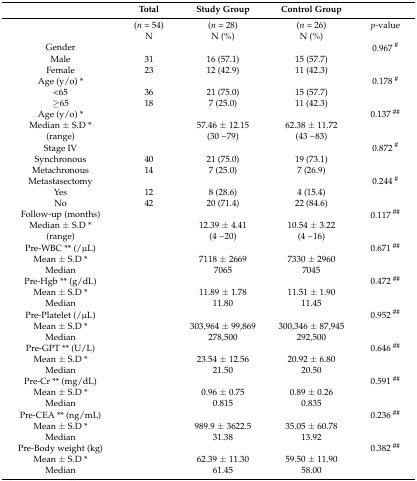
<table><thead><tr><td></td><td><b>Total</b></td><td><b>Study Group</b></td><td><b>Control Group</b></td><td></td></tr></thead><tbody><tr><td></td><td>(<i>n</i> = 54)</td><td>(<i>n</i> = 28)</td><td>(<i>n</i> = 26)</td><td><i>p</i>-value</td></tr><tr><td></td><td>N</td><td>N (%)</td><td>N (%)</td><td></td></tr><tr><td>Gender</td><td></td><td></td><td></td><td>0.967 <sup>#</sup></td></tr><tr><td>Male</td><td>31</td><td>16 (57.1)</td><td>15 (57.7)</td><td></td></tr><tr><td>Female</td><td>23</td><td>12 (42.9)</td><td>11 (42.3)</td><td></td></tr><tr><td>Age (y/o) *</td><td></td><td></td><td></td><td>0.178 <sup>#</sup></td></tr><tr><td>&lt;65</td><td>36</td><td>21 (75.0)</td><td>15 (57.7)</td><td></td></tr><tr><td>≥65</td><td>18</td><td>7 (25.0)</td><td>11 (42.3)</td><td></td></tr><tr><td>Age (y/o) *</td><td></td><td></td><td></td><td>0.137 <sup>##</sup></td></tr><tr><td>Median ± S.D *</td><td></td><td>57.46 ± 12.15</td><td>62.38 ± 11.72</td><td></td></tr><tr><td>(range)</td><td></td><td>(30 ~ 79)</td><td>(43 ~ 83)</td><td></td></tr><tr><td>Stage IV</td><td></td><td></td><td></td><td>0.872 <sup>#</sup></td></tr><tr><td>Synchronous</td><td>40</td><td>21 (75.0)</td><td>19 (73.1)</td><td></td></tr><tr><td>Metachronous</td><td>14</td><td>7 (25.0)</td><td>7 (26.9)</td><td></td></tr><tr><td>Metastasectomy</td><td></td><td></td><td></td><td>0.244 <sup>#</sup></td></tr><tr><td>Yes</td><td>12</td><td>8 (28.6)</td><td>4 (15.4)</td><td></td></tr><tr><td>No</td><td>42</td><td>20 (71.4)</td><td>22 (84.6)</td><td></td></tr><tr><td>Follow-up (months)</td><td></td><td></td><td></td><td>0.117 <sup>##</sup></td></tr><tr><td>Median ± S.D *</td><td></td><td>12.39 ± 4.41</td><td>10.54 ± 3.22</td><td></td></tr><tr><td>(range)</td><td></td><td>(4 ~ 20)</td><td>(4 ~ 16)</td><td></td></tr><tr><td>Pre-WBC ** (/μL)</td><td></td><td></td><td></td><td>0.671 <sup>##</sup></td></tr><tr><td>Mean ± S.D *</td><td></td><td>7118 ± 2669</td><td>7330 ± 2960</td><td></td></tr><tr><td>Median</td><td></td><td>7065</td><td>7045</td><td></td></tr><tr><td>Pre-Hgb ** (g/dL)</td><td></td><td></td><td></td><td>0.472 <sup>##</sup></td></tr><tr><td>Mean ± S.D *</td><td></td><td>11.89 ± 1.78</td><td>11.51 ± 1.90</td><td></td></tr><tr><td>Median</td><td></td><td>11.80</td><td>11.45</td><td></td></tr><tr><td>Pre-Platelet (/μL)</td><td></td><td></td><td></td><td>0.952 <sup>##</sup></td></tr><tr><td>Mean ± S.D *</td><td></td><td>303,964 ± 99,869</td><td>300,346 ± 87,945</td><td></td></tr><tr><td>Median</td><td></td><td>278,500</td><td>292,500</td><td></td></tr><tr><td>Pre-GPT ** (U/L)</td><td></td><td></td><td></td><td>0.646 <sup>##</sup></td></tr><tr><td>Mean ± S.D *</td><td></td><td>23.54 ± 12.56</td><td>20.92 ± 6.80</td><td></td></tr><tr><td>Median</td><td></td><td>21.50</td><td>20.50</td><td></td></tr><tr><td>Pre-Cr ** (mg/dL) </td><td></td><td></td><td></td><td>0.591 <sup>##</sup></td></tr><tr><td>Mean ± S.D *</td><td></td><td>0.96 ± 0.75</td><td>0.89 ± 0.26</td><td></td></tr><tr><td>Median</td><td></td><td>0.815</td><td>0.835</td><td></td></tr><tr><td>Pre-CEA ** (ng/mL)</td><td></td><td></td><td></td><td>0.236 <sup>##</sup></td></tr><tr><td>Mean ± S.D *</td><td></td><td>989.9 ± 3622.5</td><td>35.05 ± 60.78</td><td></td></tr><tr><td>Median</td><td></td><td>31.38</td><td>13.92</td><td></td></tr><tr><td>Pre-Body weight (kg)</td><td></td><td></td><td></td><td>0.382 <sup>##</sup></td></tr><tr><td>Mean ± S.D *</td><td></td><td>62.39 ± 11.30</td><td>59.50 ± 11.90</td><td></td></tr><tr><td>Median</td><td></td><td>61.45</td><td>58.00</td><td></td></tr></tbody></table>